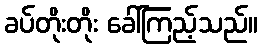
ခပ်တိုးတိုး ခေါ်ကြည့်သည်။